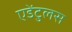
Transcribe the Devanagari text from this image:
एडेंटुलस